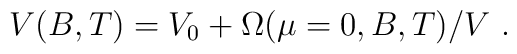
V(B, T) = V_0+ \Omega (\mu=0,B,T)/V~.